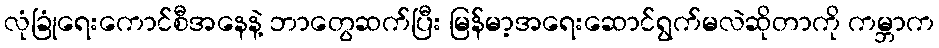
လုံခြုံရေးကောင်စီအနေနဲ့ ဘာတွေဆက်ပြီး မြန်မာ့အရေးဆောင်ရွက်မလဲဆိုတာကို ကမ္ဘာက